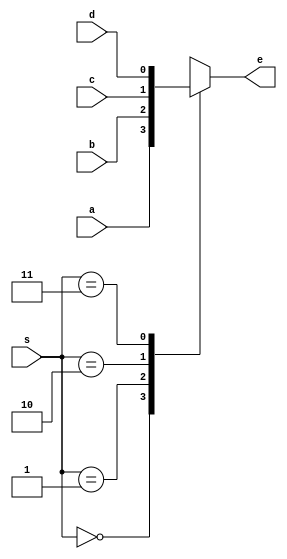
module mux1b4to1 (
    input a, b, c, d,
    input [1:0]s,
    output reg e
);
    always @(a, b, c, d, s) begin
        case (s)
            2'b00: e=a; 
            2'b01: e=b; 
            2'b10: e=c; 
            2'b11: e=d; 
        endcase
    end
endmodule

module tb_mux1b4to1(
    output reg a, b, c, d,
    output reg [1:0]s,
    input e
);
    initial begin
        {a, b, c, d, s}= 6'b010100;
        #5 s=2'b01;
        #5 s=2'b10;
        #5 s=2'b11;
        #5 $finish;
    end
endmodule

module wb;
    wire a, b, c, d;
    wire [1:0] s;
    wire e;

    initial begin
        $monitor($time, " a=%b b=%b c=%b d=%b s=%b e=%b", a, b, c, d, s, e);
        $dumpfile("mux2.vcd");
        $dumpvars(0,wb);
    end

    mux1b4to1 dut(a, b, c, d, s, e);
    tb_mux1b4to1 tb(a, b, c, d, s, e);
endmodule